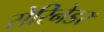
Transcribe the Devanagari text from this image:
सेरिनेडर